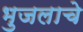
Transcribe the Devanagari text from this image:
भुजलाचे